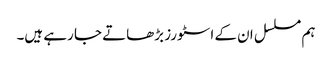
ہم مسلسل ان کے اسٹورز بڑھاتے جا رہے ہیں۔